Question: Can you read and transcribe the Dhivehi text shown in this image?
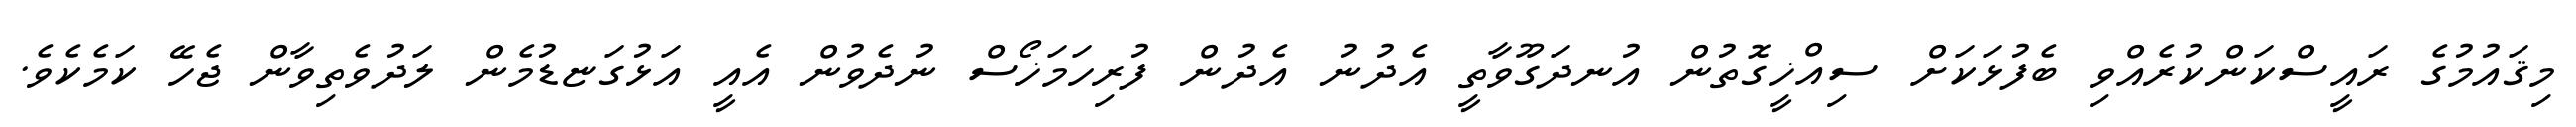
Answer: މިޤައުމުގެ ރައީސްކަންކުރެއްވި ބެފުޅަކަށް ސިއްޚީގޮތުން އުނދަގޫވާތީ އެދުނު އެދުން ފުރިހަމަޚޯސް ނުދެވުން އެއީ އަޅުގަޏޑުމެން ލަދުވެތިވާން ޖެހޭ ކަމެކެވެ.